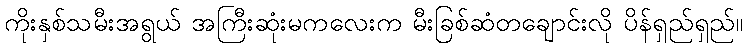
ကိုးနှစ်သမီးအရွယ် အကြီးဆုံးမကလေးက မီးခြစ်ဆံတချောင်းလို ပိန်ရှည်ရှည်။